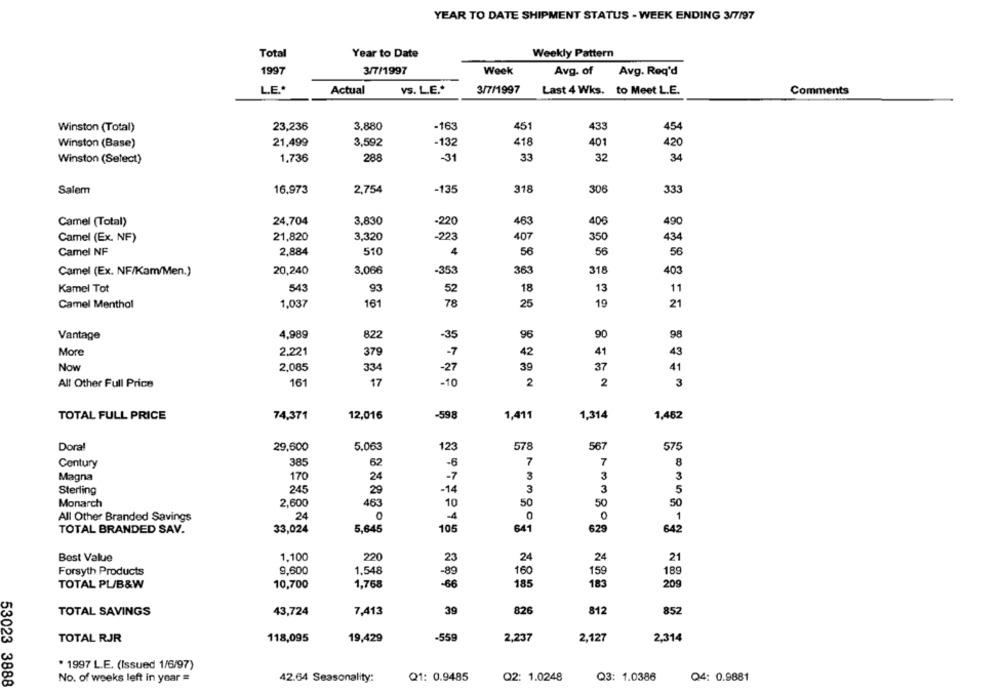
YEAR TO DATE SHIPMENT STATUS - WEEK ENDING 3/7/97
Total
Year to Date
Weekly Pattern
1997
3/7/1997
Week
Avg. of
Avg. Req'd
L.E .*
Actual
VS. LE."
3/7/1997
Last 4 Wks. to Meet L.E.
Comments
-163
451
Winston (Total)
23,236
3,880
433
454
Winston (Base)
21,499
3,592
-132
418
401
420
1.736
288
-31
33
32
34
Winston (Select)
Salem
16.973
2,754
-135
31
306
333
Camel (Total)
24,704
3,830
-220
463
406
490
Camel (Ex. NF)
21,820
3,320
-223
407
350
434
Camel NF
2.884
510
4
56
56
56
20,240
3,066
318
403
Camel (Ex. NF/Kam/Men.)
-353
363
Kamel Tot
543
93
52
18
13
11
Camel Menthol
1,037
161
78
25
19
21
Vantage
4,989
822
-35
96
90
98
More
2.221
379
-7
42
41
43
Now
2.085
334
-27
39
37
41
2
All Other Full Price
161
17
-10
2
3
TOTAL FULL PRICE
74,371
12,016
-598
1,411
1,452
1,314
Dora!
29,600
5.063
123
578
567
575
Century
385
62
7
7
8
-6
Magna
170
24
3
3
3
-7
Sterling
245
29
-14
3
3
5
Monarch
2,600
463
10
50
50
50
All Other Branded Savings
24
4
0
0
1
TOTAL BRANDED SAV.
33,024
5,645
105
641
629
642
Best Value
1.100
220
23
24
24
21
Forsyth Products
9,600
1,548
-89
160
159
189
TOTAL PL/B&W
10,700
1,768
-66
185
183
209
TOTAL SAVINGS
43,724
7,413
39
826
812
852
TOTAL RJR
118,095
19,429
-559
2,237
2,127
2,314
. 1997 L.E. (Issued 1/6/97)
No. of weeks left in year =
Q1: 0.9485
Q3: 1.0386
42.64 Seasonality:
Q2: 1.0248
Q4: 0.9881
53023 3888